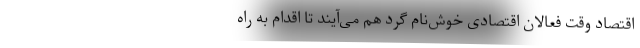
اقتصاد وقت فعالان اقتصادی خوش‌نام گرد هم می‌آیند تا اقدام به راه‌